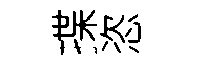
揲恣